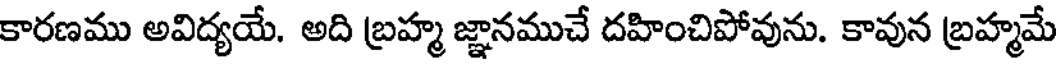
కారణము అవిద్యయే. అది బ్రహ్మ జ్ఞానముచే దహించిపోవును. కావున బ్రహ్మమే